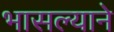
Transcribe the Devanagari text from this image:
भासल्याने